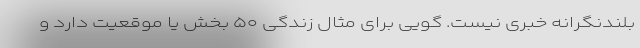
بلندنگرانه خبری نیست. گویی برای مثال زندگی ۵۰ بخش یا موقعیت دارد و